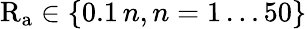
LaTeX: \mathrm{R_{a}}\in\{ 0.1\, n,n=1\ldots 50\}